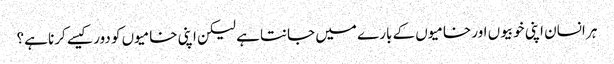
ہر انسان اپنی خوبیوں اور خامیوں کے بارے میں جانتا ہے لیکن اپنی خامیوں کو دور کیسے کرنا ہے؟